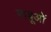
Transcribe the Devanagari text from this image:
बाबूओं